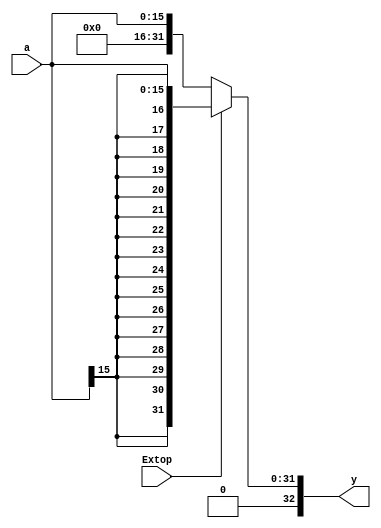




module ext#(parameter ORIGIN = 16,parameter WIDTH = 32)(input Extop,input [ORIGIN-1:0]a,output [WIDTH:0]y);


assign y = (Extop == 0) ? { {WIDTH-ORIGIN{1'b0}},a} : { { WIDTH-ORIGIN{a[ORIGIN-1]}},a};

endmodule